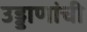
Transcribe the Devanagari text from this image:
उड्डाणांची